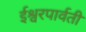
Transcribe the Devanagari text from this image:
ईश्वरपार्वती